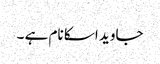
جاوید اسکا نام ہے ۔